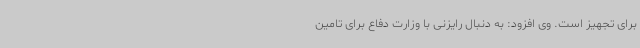
برای تجهیز است. وی افزود: به دنبال رایزنی با وزارت دفاع برای تامین